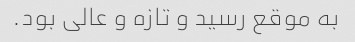
به موقع رسید و تازه و عالی بود.